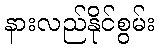
နားလည်နိုင်စွမ်း